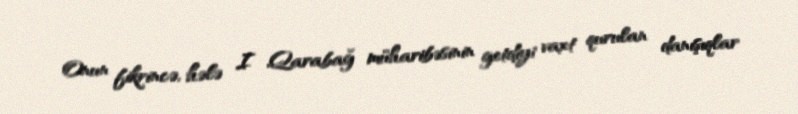
Onun fikrincə, hələ I Qarabağ müharibəsinin getdiyi vaxt qurulan danışıqlar